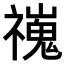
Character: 𫀢